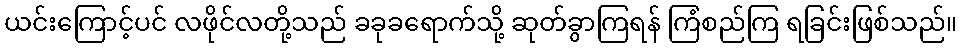
ယင်းကြောင့်ပင် လဖိုင်လတို့သည် ခခုခရောက်သို့ ဆုတ်ခွာကြရန် ကြံစည်ကြ ရခြင်းဖြစ်သည်။